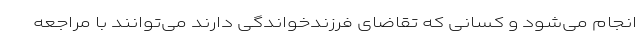
انجام می‌شود و کسانی که تقاضای فرزندخواندگی دارند می‌توانند با مراجعه